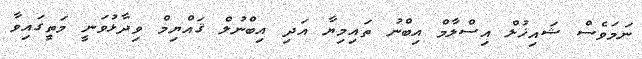
ނަމަވެސް ޝައިޚުލް އިސްލާމް އިބްނު ތައިމިޔާ އަދި އިބްނުލް ޤައްޔިމް ވިދާޅުވަނީ މަތީގައިވާ